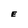
Character: E